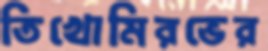
তিখোমিরভের